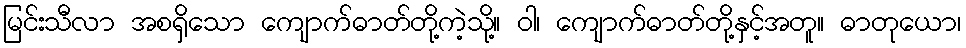
မြင်းသီလာ အစရှိသော ကျောက်ဓာတ်တို့ကဲ့သို့။ ဝါ၊ ကျောက်ဓာတ်တို့နှင့်အတူ။ ဓာတုယော၊